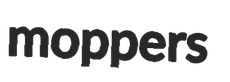
moppers